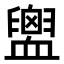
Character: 𧗕